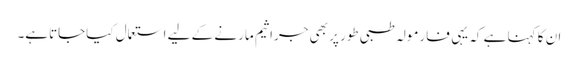
ان کا کہنا ہے کہ یہی فارمولہ طبی طور پر بھی جراثیم مارنے کے لیے استعمال کیاجاتاہے۔